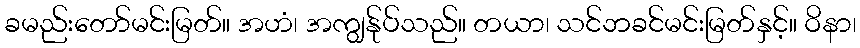
ခမည်းတော်မင်းမြတ်။ အဟံ၊ အကျွန်ုပ်သည်။ တယာ၊ သင်ဘခင်မင်းမြတ်နှင့်။ ဝိနာ၊